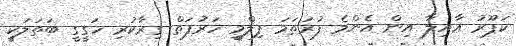
ކަޕޫރު ޢާއިލާ އިން އެންމެ ފުރަތަމަ ފިލްމީ ހަރުފަތް ގިރާކުރި ހަގީގީ ބަތަލަކީ